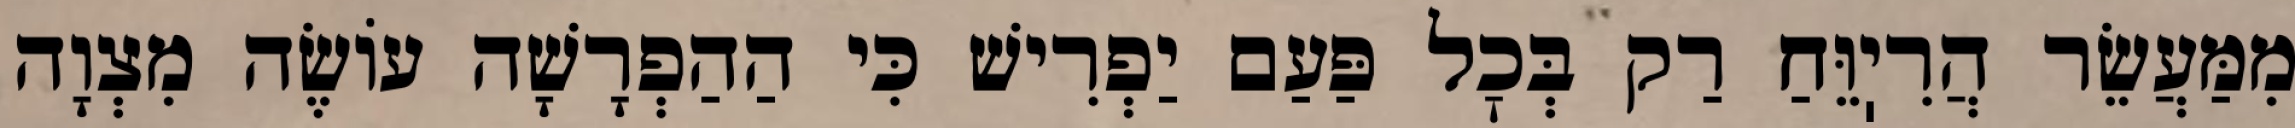
מִמַּעֲשֵׂר הֲרִיֽוֵּחַ רַק בְּכׇל פַּעַם יַפְרִישׁ כִּי הַהַפְרָשָׁה עוֹשֶׂה מִצְוָה